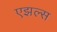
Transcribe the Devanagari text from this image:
एझल्स